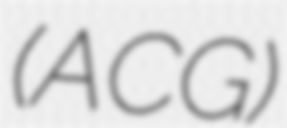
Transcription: (ACG)